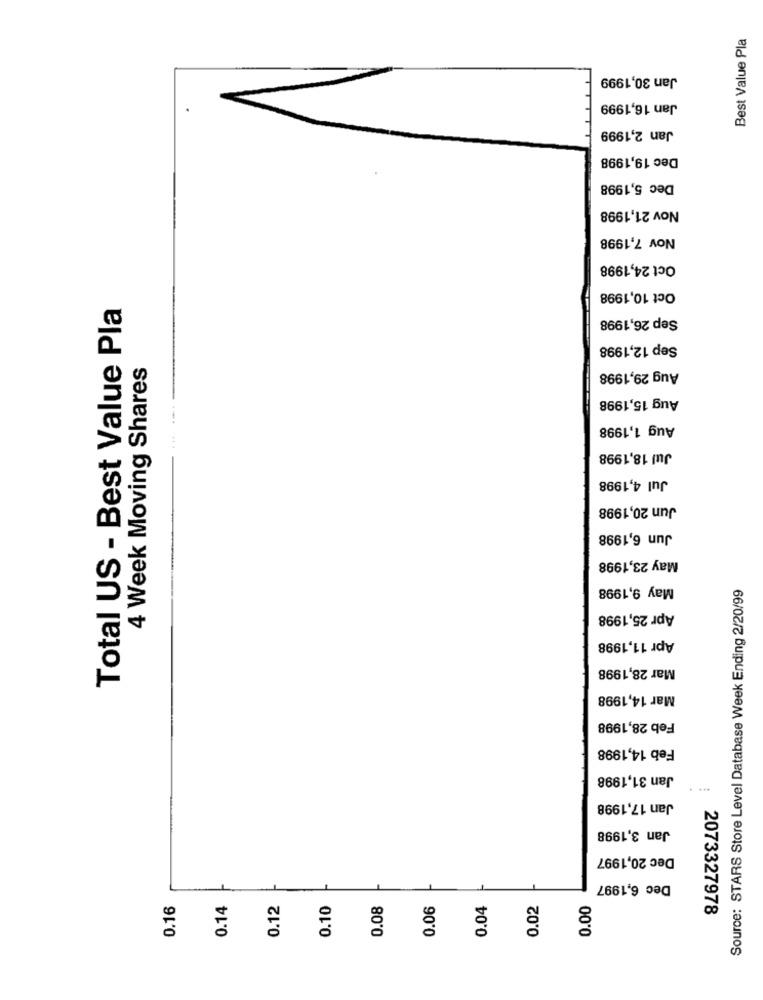
Best Value Pla
Jan 30,1999
Jan 16,1999
Jan 2,1999
Dec 19,1998
Dec 5,1998
Nov 21,1998
Nov 7,1998
Oct 24,1998
Oct 10,1998
Total US - Best Value Pla
Sep 26,1998
Sep 12,1998
4 Week Moving Shares
Aug 29,1998
Aug 15,1998
Aug 1,1998
Jul 18,1998
Jul 4,1998
Jun 20,1998
Jun 6,1998
May 23,1998
May 9,1998
Source: STARS Store Level Database Week Ending 2/20/99
Apr 25,1998
Apr 11,1998
Mar 28,1998
Mar 14,1998
Feb 28,1998
Feb 14,1998
Jan 31,1998
Jan 17,1998
Jan 3,1998
Dec 20,1997
Dec 6,1997
0.16
0.14
0.12
0.10
0.08
0.06
0.04
0.02
0.00
2073327978